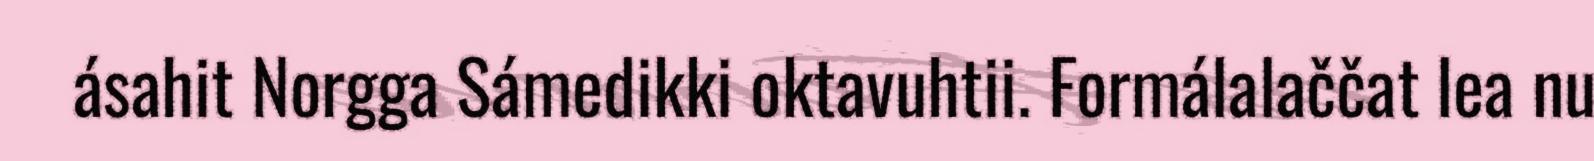
ásahit Norgga Sámedikki oktavuhtii. Formálalaččat lea nu